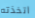
اتخذته